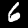
Digit: 6